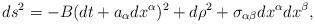
LaTeX: \begin{align*}ds^2=-B(dt+a_\alpha dx^\alpha)^2+d\rho^2+\sigma_{\alpha\beta}dx^\alpha dx^\beta,\end{align*}